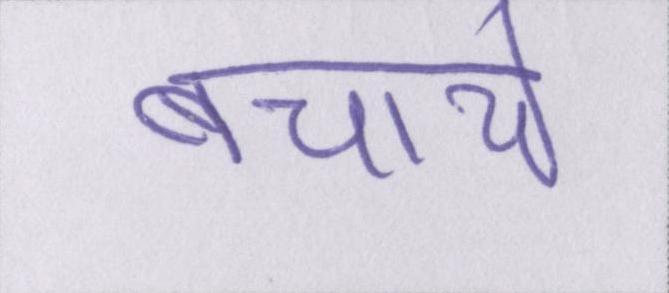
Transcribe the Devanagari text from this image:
बचाये